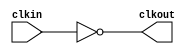
module bw_clk_cclk_inv_128x (
    clkout,
    clkin );

    output clkout;
    input  clkin;
 
    assign clkout = ~( clkin );

endmodule